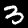
Digit: 3